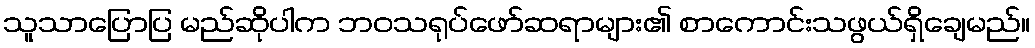
သူသာပြောပြ မည်ဆိုပါက ဘဝသရုပ်ဖော်ဆရာများ၏ စာကောင်းသဖွယ်ရှိချေမည်။